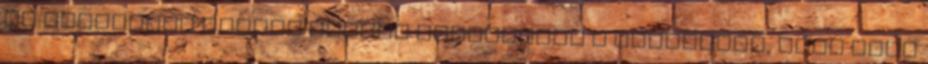
is kedveltem Kuncze Gábort Elsősorban a humoráért, amit máig